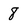
Character: 8